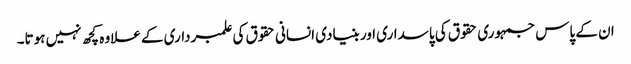
ان کے پاس جمہوری حقوق کی پاسداری اور بنیادی انسانی حقوق کی علمبرداری کے علاوہ کچھ نہیں ہوتا۔